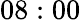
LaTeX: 08:00